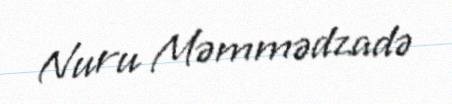
Nuru Məmmədzadə